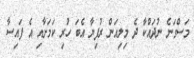
މަސްގަނެ ނުދައްކާ ދެ މިލިއަން ރުފިޔާ އެބަ ހުރި ކަމަށާއި އެ ފައިސާ